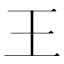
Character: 王